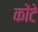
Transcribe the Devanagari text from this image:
कोंटे